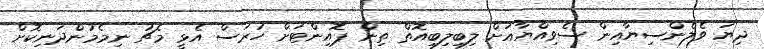
ދިޔަ ވެލެންސިޔާއިން ސެވިއްޔާއަށް ލިބިލިބިއޮތް ތިން ޕޮއިންޓަށް ހުރަސް އެޅީ މެޗު ނިމެމުންދަނިކޮށް